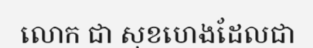
លោក ជា សុខហេងដែលជា